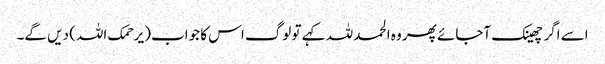
اسے اگر چھینک آجائے پھر وہ الحمد للہ کہے تو لوگ اس کا جواب (یرحمک اللہ) دیں گے۔